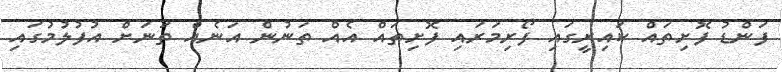
ފަންޑު ފޮށިތައް ކައިރީގައި ފޯރިމަރައި ފޮށިތައް އެއް ތަނުން އަނެއް ތަނަށް އުފުލުމުގައި